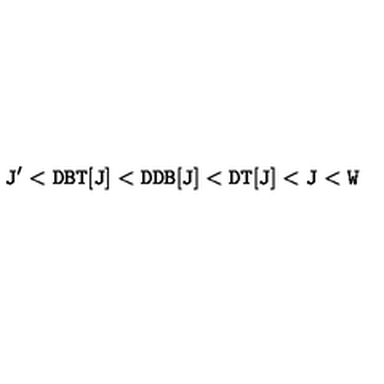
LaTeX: \mathrm { { \tt J ' < D B T [ J ] < D D B [ J ] < D T [ J ] < J < W } }